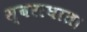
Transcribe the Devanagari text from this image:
स्वराघात।